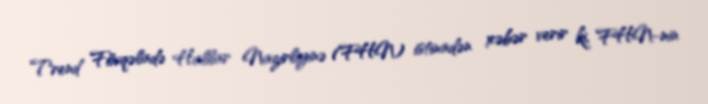
Trend Fövqəladə Hallar Nazirliyinə (FHN) istinadən xəbər verir ki, FHN-nin